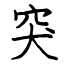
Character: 突